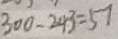
3 0 0 - 2 4 3 = 5 7